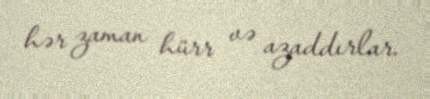
hər zaman hürr və azaddırlar.